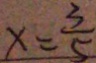
x = \frac { 3 } { 5 }